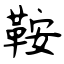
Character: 鞍